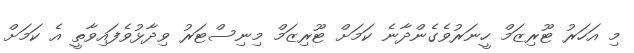
މި އަހަރު ޓޫރިޒަމް ހީނަރުވެގެންދާނެ ކަމަށް ޓޫރިޒަމް މިނިސްޓަރު ވިދާޅުވެފައިވާތީ އެ ކަމަށް